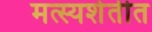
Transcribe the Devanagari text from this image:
मत्स्यशेतीत